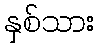
နှစ်သား